Indian journal of veterinary science and animal husbandry - Volumes 28-29, 1958-1959
Year: 1958
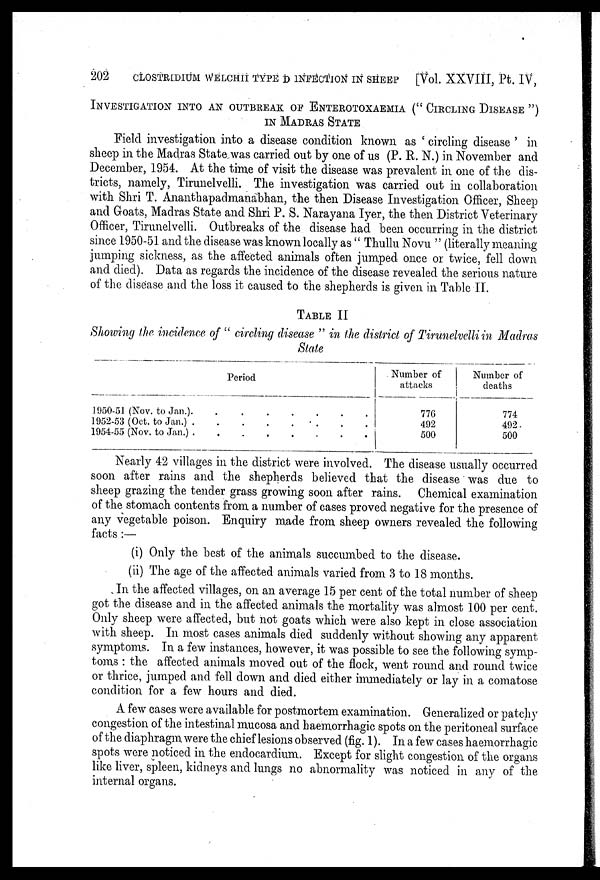
202 CLOSTRIDIUM WELCHII TYPE D INFECTION IN SHEEP [Vol. XXVIII, Pt. IV,
INVESTIGATION INTO AN OUTBREAK OF ENTEROTOXAEMIA (" CIRCLING DISEAS
IN MADRAS STATE
Field investigation into a disease condition known as ' circling disease ' in
sheep in the Madras State was carried out by one of us (P. R. N.) in November and
December, 1954. At the time of visit the disease was prevalent in one of the dis-
tricts, namely, Tirunelvelli. The investigation was carried out in collaboration
with Shri T. Ananthapadmanabhan, the then Disease Investigation Officer, Sheep
and Goats, Madras State and Shri P. S. Narayana Iyer, the then District Veterinary
Officer, Tirunelvelli. Outbreaks of the disease had been occurring in the district
since 1950-51 and the disease was known locally as " Thullu Novu " (literally meaning
jumping sickness, as the affected animals often jumped once or twice, fell down
and died). Data as regards the incidence of the disease revealed the serious nature
of the disease and the loss it caused to the shepherds is given in Table II.
TABLE II
Showing the incidence of " circling disease " in the district of Tirunelvelli in Madras
State
Period
1950-51 (Nov. to Jan.). . . . . . . .
1952-53 (Oct. to Jan.) . . . . . . . .
1954-55 (Nov. to Jan.) . . . . . . . .
Number of
attacks
776
492
500
Number of
deaths
774
492
500
Nearly 42 villages in the district were involved. The disease usually occurred
soon after rains and the shepherds believed that the disease was due to
sheep grazing the tender grass growing soon after rains. Chemical examination
of the stomach contents from a number of cases proved negative for the presence of
any vegetable poison. Enquiry made from sheep owners revealed the following
facts :—
(i) Only the best of the animals succumbed to the disease.
(ii) The age of the affected animals varied from 3 to 18 months.
In the affected villages, on an average 15 per cent of the total number of sheep
got the disease and in the affected animals the mortality was almost 100 per cent.
Only sheep were affected, but not goats which were also kept in close association
with sheep. In most cases animals died suddenly without showing any apparent
symptoms. In a few instances, however, it was possible to see the following symp-
toms : the affected animals moved out of the flock, went round and round twice
or thrice, jumped and fell down and died either immediately or lay in a comatose
condition for a few hours and died.
A few cases were available for postmortem examination. Generalized or patchy
congestion of the intestinal mucosa and haemorrhagic spots on the peritoneal surface
of the diaphragm were the chief lesions observed (fig. 1). In a few cases haemorrhagic
spots were noticed in the endocardium. Except for slight congestion of the organs
like liver, spleen, kidneys and lungs no abnormality was noticed in any of the
internal organs.